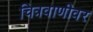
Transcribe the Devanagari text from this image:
चित्रवाणीवर